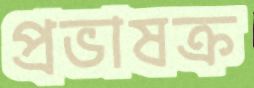
প্রভাষক্র